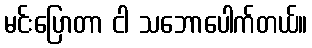
မင်းပြောတာ ငါ သဘောပေါက်တယ်။